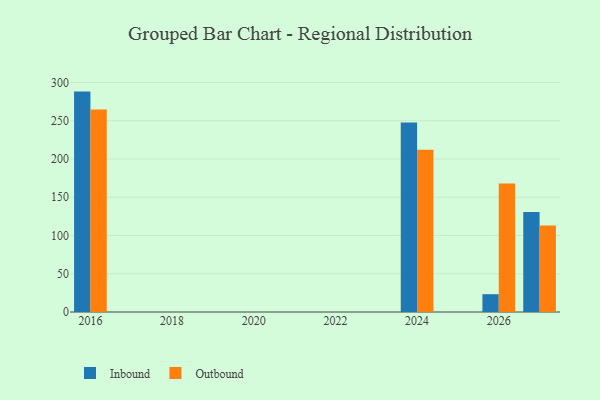
{"axis": {"x": "Year", "y": "Headcount"}, "legend": ["Inbound", "Outbound"], "data": [{"x": "2024", "y": 247.8, "type": "Inbound"}, {"x": "2024", "y": 212.2, "type": "Outbound"}, {"x": "2026", "y": 23.3, "type": "Inbound"}, {"x": "2026", "y": 168.1, "type": "Outbound"}, {"x": "2016", "y": 288.1, "type": "Inbound"}, {"x": "2016", "y": 264.7, "type": "Outbound"}, {"x": "2027", "y": 130.8, "type": "Inbound"}, {"x": "2027", "y": 113.2, "type": "Outbound"}]}